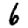
Digit: 6